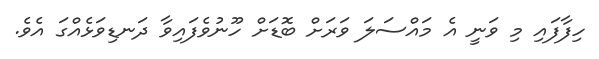
ހިފާފައި މި ވަނީ އެ މައްސަލަ ވަރަށް ބޮޑަށް ހޫނުވެފައިވާ ދަނޑިވަޅެއްގަ އެވެ.